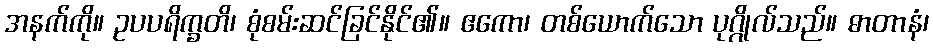
အနက်ကို။ ဥပပရိက္ခတိ၊ စုံစမ်းဆင်ခြင်နိုင်၏။ ဧကော၊ တစ်ယောက်သော ပုဂ္ဂိုလ်သည်။ ဓာတာနံ၊